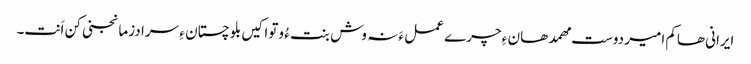
ایرانی ھاکم امیر دوست مھمد ھان ءِ چرے عمل ءَ نہ وش بنت ءُ وتواکیں بلوچستان ءِ سرا دزمانجنی کن اَنت۔